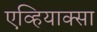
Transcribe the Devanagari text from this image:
एव्हियाक्सा